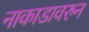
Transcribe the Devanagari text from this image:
नाकाडावरुन